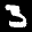
Label: 3